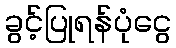
ခွင့်ပြုရန်ပုံငွေ